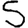
Digit: 5